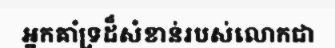
អ្នកគាំទ្រដ៏សំខាន់របស់លោកជា